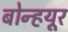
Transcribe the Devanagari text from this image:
बोन्हयूर